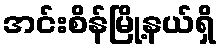
အင်းစိန်မြို့နယ်ရှိ